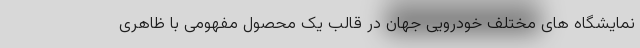
نمایشگاه های مختلف خودرویی جهان در قالب یک محصول مفهومی با ظاهری